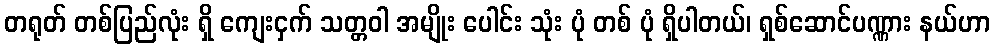
တရုတ် တစ်ပြည်လုံး ရှိ ကျေးငှက် သတ္တဝါ အမျိုး ပေါင်း သုံး ပုံ တစ် ပုံ ရှိပါတယ်၊ ရှစ်ဆောင်ပဏ္ဏား နယ်ဟာ